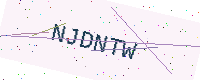
Text: NJDNTW